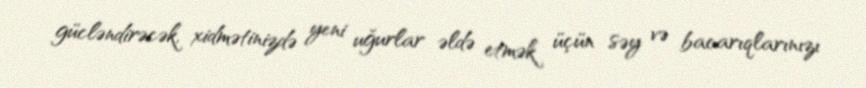
gücləndirəcək, xidmətinizdə yeni uğurlar əldə etmək üçün səy və bacarıqlarınızı